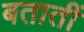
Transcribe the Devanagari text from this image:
बतातीं